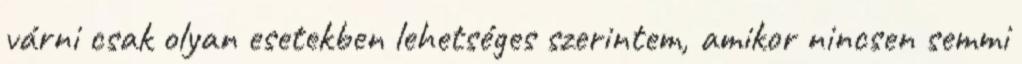
várni csak olyan esetekben lehetséges szerintem, amikor nincsen semmi